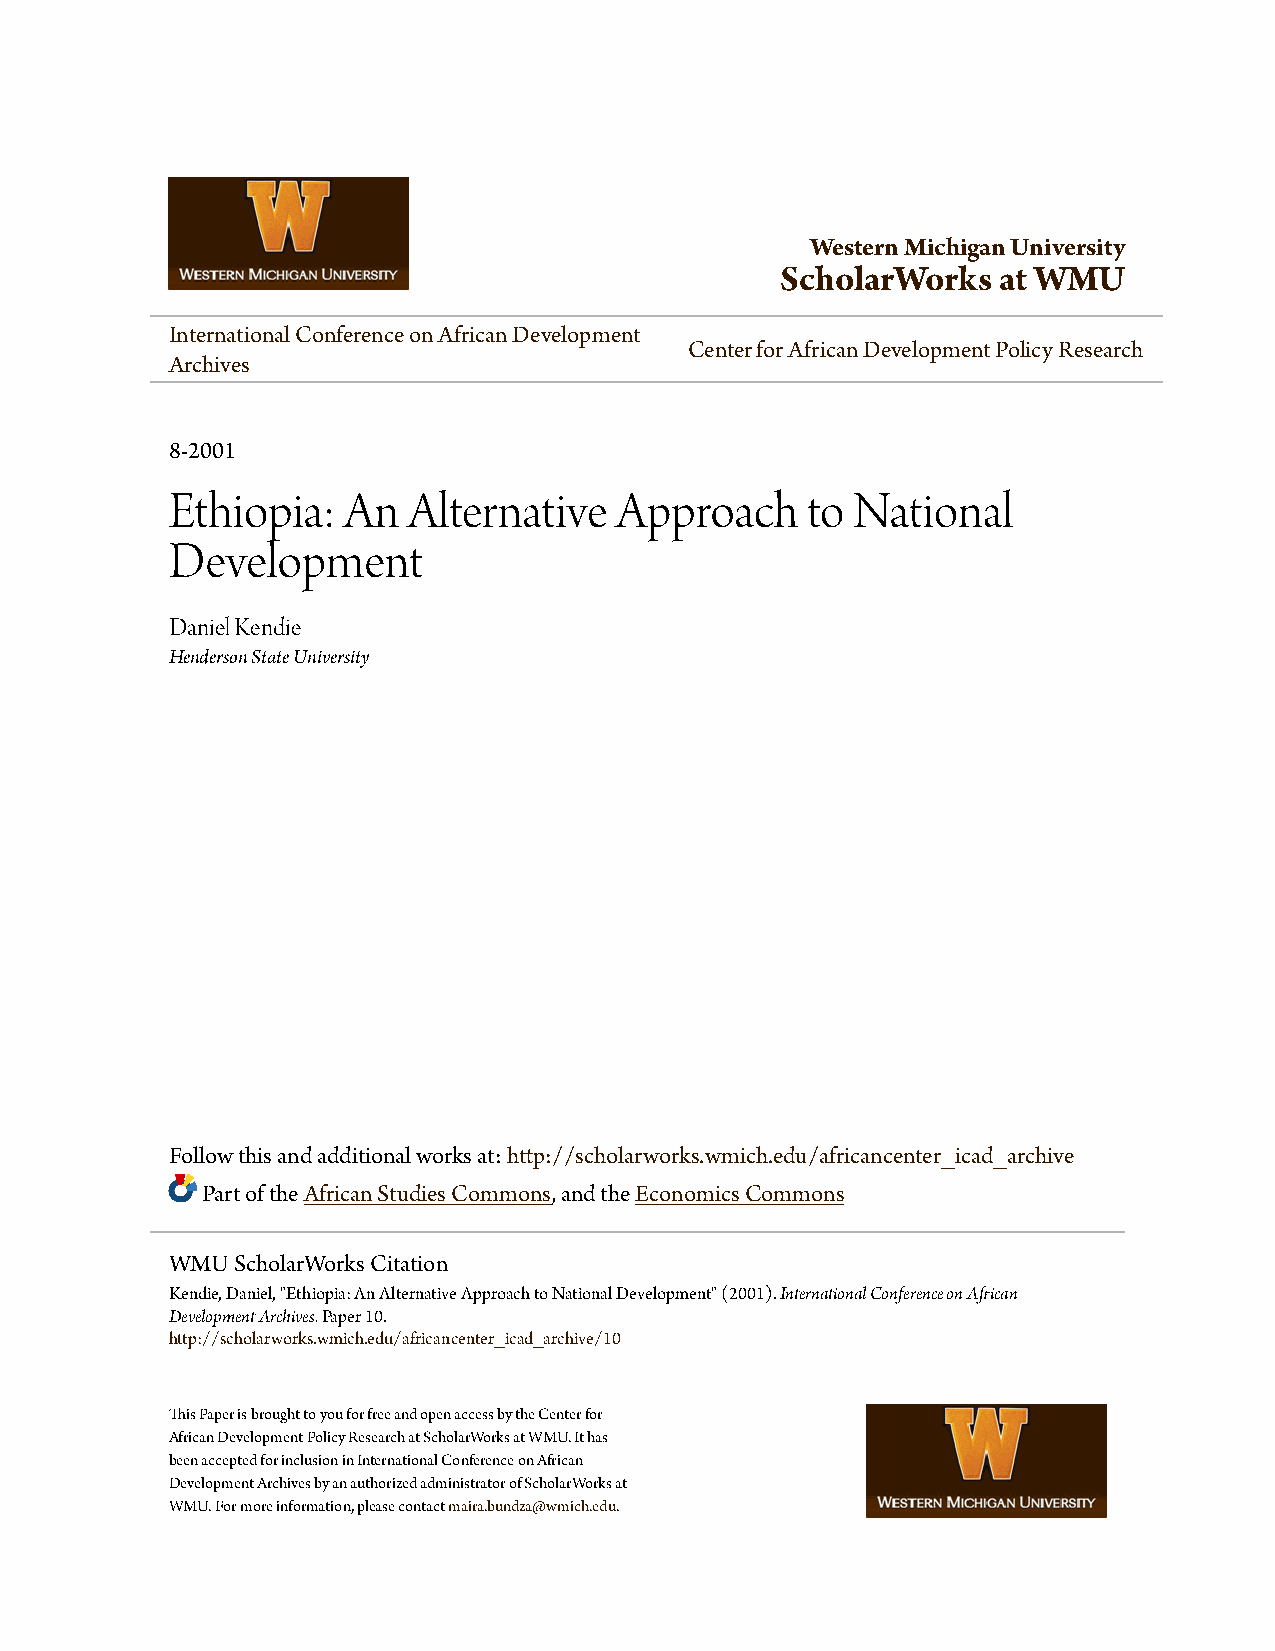
Western Michigan University
 ScholarWorks  at WMU
 International Conference on African Development
 Center for African Development Policy Research
 Archives
 8-2001
 Ethiopia:   An  Alternative   Approach    to National
 Development
 Daniel Kendie
 Henderson State University
 Follow this and additional works at:http://scholarworks.wmich.edu/africancenter_icad_archive
 Part of theAfrican Studies Commons, and theEconomics Commons
 WMU  ScholarWorks Citation
 Kendie, Daniel, "Ethiopia: An Alternative Approach to National Development" (2001).International Conference on African
 Development Archives.Paper 10.
 http://scholarworks.wmich.edu/africancenter_icad_archive/10
 This Paper is brought to you for free and open access by the Center for
 African Development Policy Research at ScholarWorks at WMU. It has
 been accepted for inclusion in International Conference on African
 Development Archives by an authorized administrator of ScholarWorks at
 WMU. For more information, please contactmaira.bundza@wmich.edu.